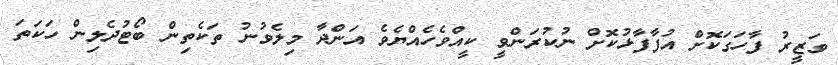
ވަޒީރު ފާހަގަކޮށް އުފާފާޅުކޮށް ނުކުރަންވީ ކީއްވެހެއްޔެވެ އަންދާ މިލެވުނު ތަކެތިން ބޯޓުދެލިން ހަކަތަ